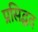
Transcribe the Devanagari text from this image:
प्रसिद्धद